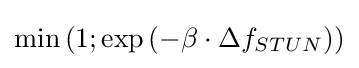
\min \left(1;\exp \left(-\beta \cdot \Delta f_{STUN}\right)\right)